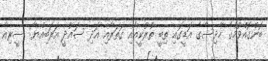
ބޮންގޮއްވުމުގެ ހާދިސާގެ އަޑީގައި ތިބީ ތުރުކީއާއި ގަތަރާއި އަދި ސައުދީ އަރަބިއްޔާ: ސީރިއާ